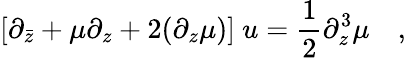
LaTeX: [\partial_{\bar{z}}+{\mu}\partial_{z}+2(\partial_{z}{\mu})]~u={\frac{1}{2}}\partial_{z}^{3}{\mu}\quad,